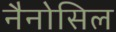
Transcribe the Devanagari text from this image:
नैनोसिल